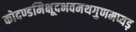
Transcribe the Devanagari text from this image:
कोदण्डमिक्षूदभवमथगुणमप्यड़